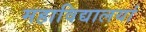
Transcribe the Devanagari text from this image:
महाविद्यालयां